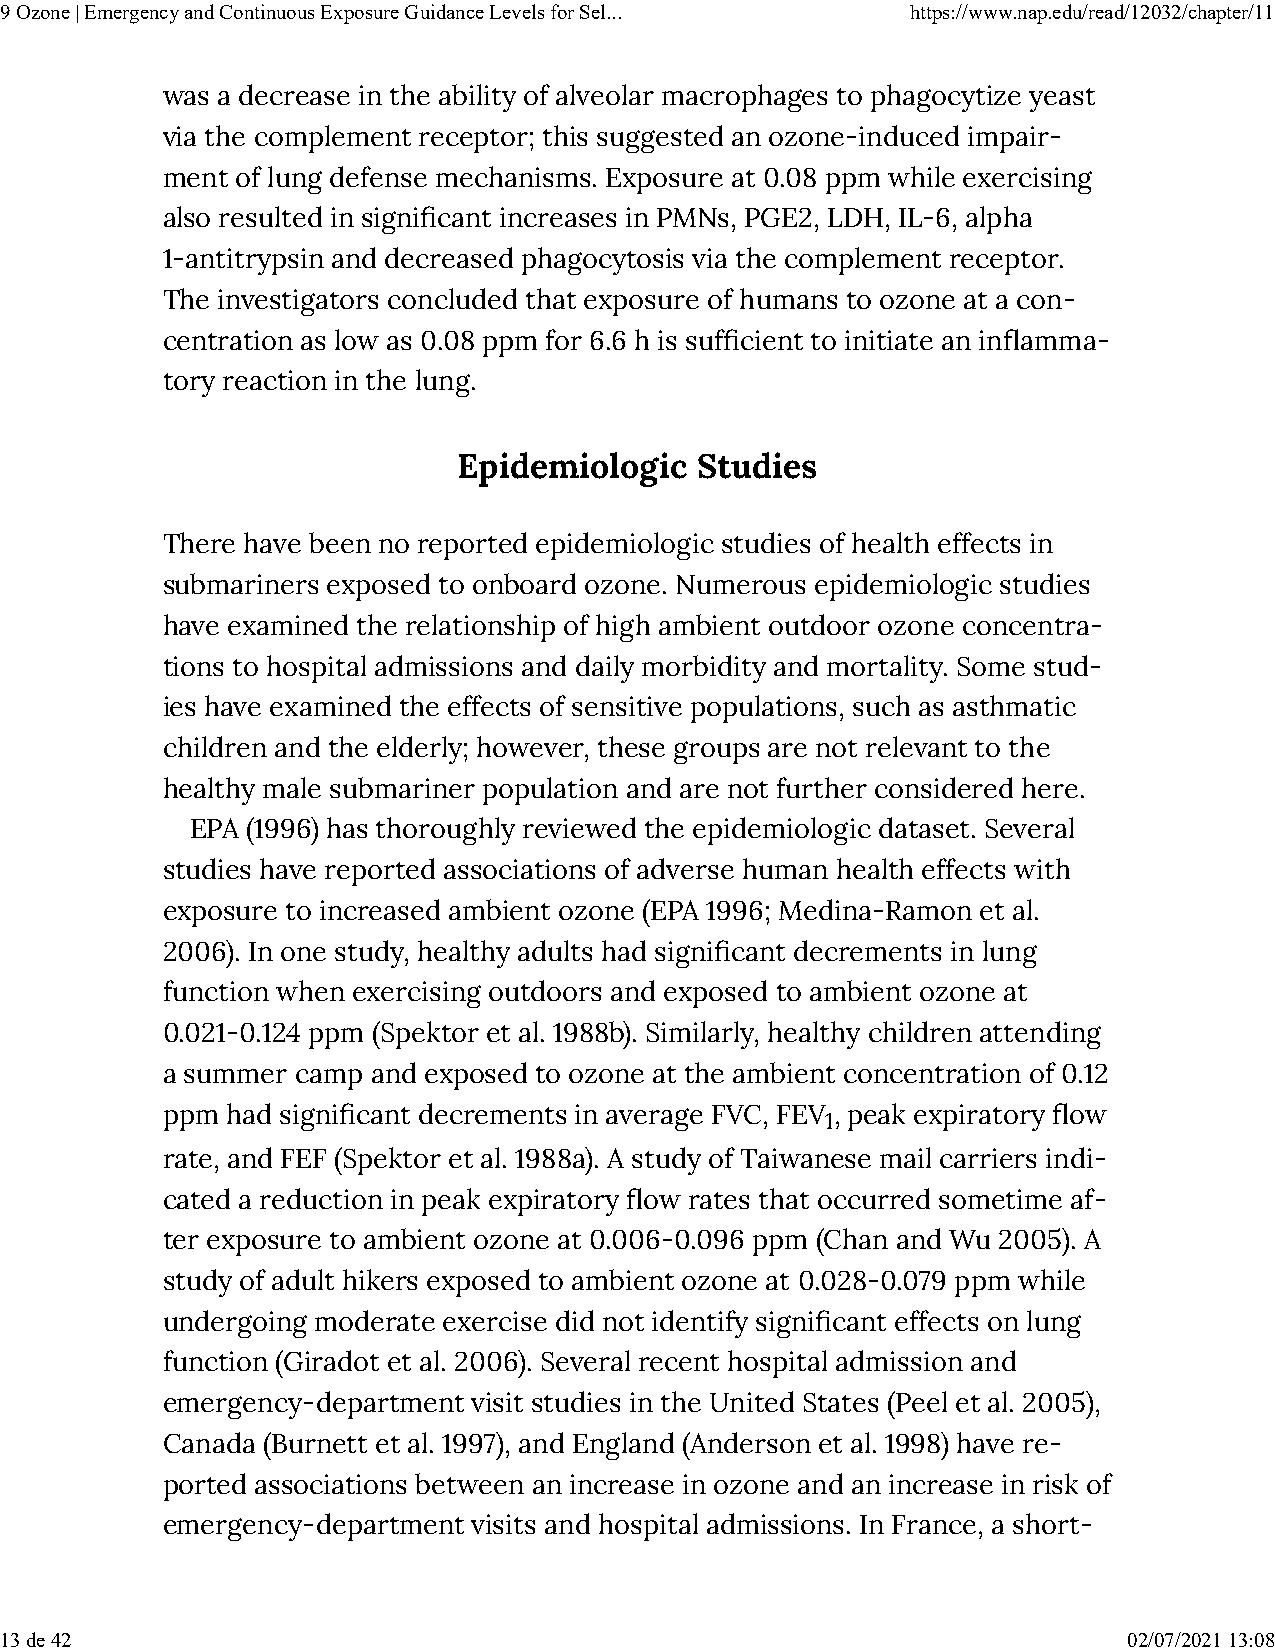
9 Ozone | Emergency and Continuous Exposure Guidance Levels for Sel... https://www.nap.edu/read/12032/chapter/11
 was a decrease in the ability of alveolar macrophages to phagocytize yeast
 via the complement receptor; this suggested an ozone-induced impair-
 ment of lung defense mechanisms. Exposure at 0.08 ppm while exercising
 also resulted in signi�cant increases in PMNs, PGE2, LDH, IL-6, alpha
 1-antitrypsin and decreased phagocytosis via the complement receptor.
 The investigators concluded that exposure of humans to ozone at a con-
 centration as low as 0.08 ppm for 6.6 h is suf�cient to initiate an in�amma-
 tory reaction in the lung.
 Epidemiologic   Studies
 There have been no reported epidemiologic studies of health effects in
 submariners exposed to onboard ozone. Numerous epidemiologic studies
 have examined the relationship of high ambient outdoor ozone concentra-
 tions to hospital admissions and daily morbidity and mortality. Some stud-
 ies have examined the effects of sensitive populations, such as asthmatic
 children and the elderly; however, these groups are not relevant to the
 healthy male submariner population and are not further considered here.
 EPA (1996) has thoroughly reviewed the epidemiologic dataset. Several
 studies have reported associations of adverse human health effects with
 exposure to increased ambient ozone (EPA 1996; Medina-Ramon et al.
 2006). In one study, healthy adults had signi�cant decrements in lung
 function when exercising outdoors and exposed to ambient ozone at
 0.021-0.124 ppm (Spektor et al. 1988b). Similarly, healthy children attending
 a summer camp and exposed to ozone at the ambient concentration of 0.12
 ppm had signi�cant decrements in average FVC, FEV , peak expiratory �ow
 1
 rate, and FEF (Spektor et al. 1988a). A study of Taiwanese mail carriers indi-
 cated a reduction in peak expiratory �ow rates that occurred sometime af-
 ter exposure to ambient ozone at 0.006-0.096 ppm (Chan and Wu 2005). A
 study of adult hikers exposed to ambient ozone at 0.028-0.079 ppm while
 undergoing moderate exercise did not identify signi�cant effects on lung
 function (Giradot et al. 2006). Several recent hospital admission and
 emergency-department visit studies in the United States (Peel et al. 2005),
 Canada (Burnett et al. 1997), and England (Anderson et al. 1998) have re-
 ported associations between an increase in ozone and an increase in risk of
 emergency-department visits and hospital admissions. In France, a short-
 13 de 42                                                                   02/07/2021 13:08